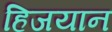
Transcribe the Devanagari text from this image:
हिजयान